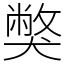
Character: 獘